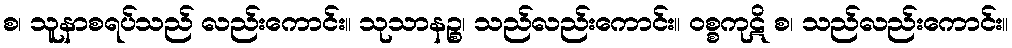
စ၊ သူနာစရပ်သည် လည်းကောင်း။ သုသာနဉ္စ၊ သည်လည်းကောင်း။ ဝစ္စကုဋိ စ၊ သည်လည်းကောင်း။